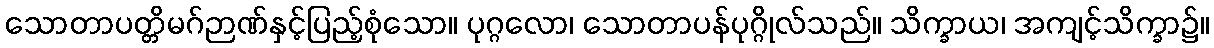
သောတာပတ္တိမဂ်ဉာဏ်နှင့်ပြည့်စုံသော။ ပုဂ္ဂလော၊ သောတာပန်ပုဂ္ဂိုလ်သည်။ သိက္ခာယ၊ အကျင့်သိက္ခာ၌။